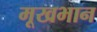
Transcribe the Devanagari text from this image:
मूखभान